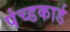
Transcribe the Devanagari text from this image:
पंच्डकार्ड